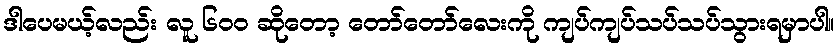
ဒါပေမယ့်လည်း လူ ၆၀၀ ဆိုတော့ တော်တော်လေးကို ကျပ်ကျပ်သပ်သပ်သွားရမှာပါ။